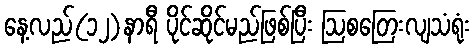
နေ့လည်(၁၂)နာရီ ပိုင်ဆိုင်မည်ဖြစ်ပြီး ဩစတြေးလျသံရုံး